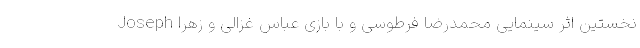
Joseph نخستین اثر سینمایی محمدرضا فرطوسی و با بازی عباس غزالی و زهرا